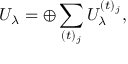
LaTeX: U _ { \lambda } = \oplus \sum _ { ( t ) _ { j } } U _ { \lambda } ^ { ( t ) _ { j } } ,